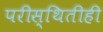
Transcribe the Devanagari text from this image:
परीस्थितीही